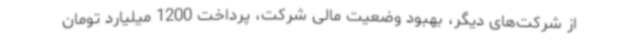
از شرکت‌های دیگر، بهبود وضعیت مالی شرکت، پرداخت 1200 میلیارد تومان